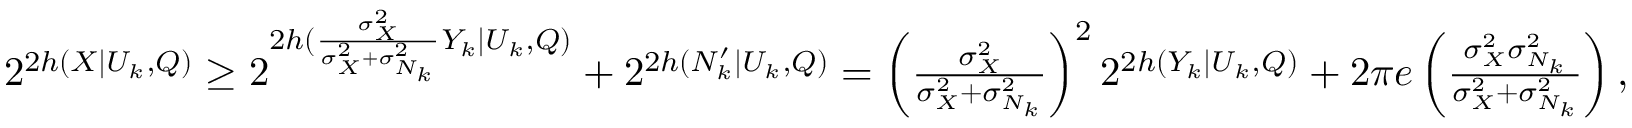
\begin{array} { r } { 2 ^ { 2 h ( X | U _ { k } , Q ) } \ge 2 ^ { 2 h ( \frac { \sigma _ { X } ^ { 2 } } { \sigma _ { X } ^ { 2 } + \sigma _ { N _ { k } } ^ { 2 } } Y _ { k } | U _ { k } , Q ) } + 2 ^ { 2 h ( N _ { k } ^ { \prime } | U _ { k } , Q ) } = \left( \frac { \sigma _ { X } ^ { 2 } } { \sigma _ { X } ^ { 2 } + \sigma _ { N _ { k } } ^ { 2 } } \right) ^ { 2 } 2 ^ { 2 h ( Y _ { k } | U _ { k } , Q ) } + 2 \pi e \left( \frac { \sigma _ { X } ^ { 2 } \sigma _ { N _ { k } } ^ { 2 } } { \sigma _ { X } ^ { 2 } + \sigma _ { N _ { k } } ^ { 2 } } \right) , } \end{array}